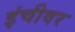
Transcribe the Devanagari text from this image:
इंचीवर